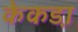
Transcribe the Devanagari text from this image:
केकडा़